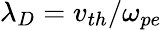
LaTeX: \lambda_{D}=v_{th}/\omega_{pe}